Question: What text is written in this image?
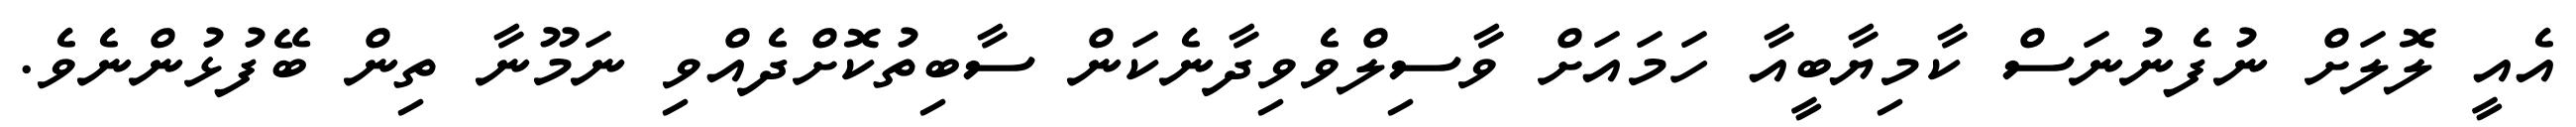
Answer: އެއީ ލޮލަށް ނުފެނުނަސް ކާމިޔާބީއާ ހަމައަށް ވާސިލްވެވިދާނެކަން ސާބިތުކޮށްދެއްވި ނަމޫނާ ތިން ބޭފުޅުންނެވެ.